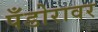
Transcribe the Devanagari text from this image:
पँडोरावर